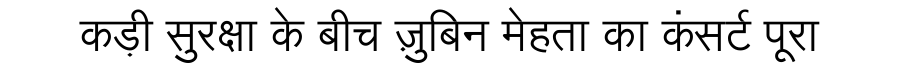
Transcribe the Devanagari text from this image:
कड़ी सुरक्षा के बीच ज़ुबिन मेहता का कंसर्ट पूरा